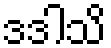
ဒဒါသိ